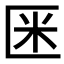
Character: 𠤻